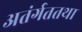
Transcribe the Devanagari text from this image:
अतंर्गततथा